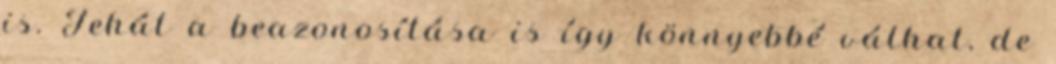
is. Tehát a beazonosítása is így könnyebbé válhat, de